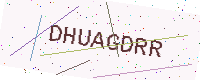
Text: DHUAGDRR